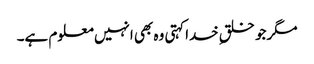
مگرجو خلقِ خداکہتی وہ بھی انہیں معلوم ہے۔